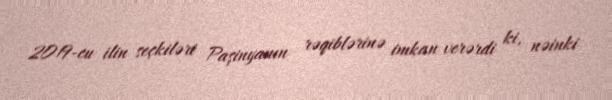
2019-cu ilin seçkiləri Paşinyanın rəqiblərinə imkan verərdi ki, nəinki